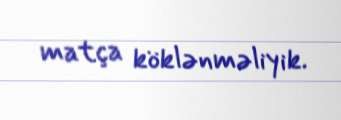
matça köklənməliyik.